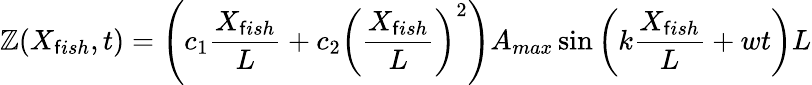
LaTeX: \mathbb{Z}({X_{\mathsf{f}ish}},t)=\left({{c_{1}}\frac{{{{X_{\mathsf{f}ish}}}}}{{L}}+{c_{2}}{{\left({\frac{{{{X_{\mathsf{f}ish}}}}}{{L}}}\right)}^{2}}}\right)A_{max}\sin\left({k\frac{{{{X_{\mathsf{f}ish}}}}}{{L}}+wt}\right)L